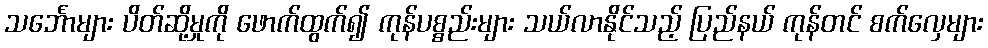
သင်္ဘောများ ပိတ်ဆို့မှုကို ဖောက်ထွက်၍ ကုန်ပစ္စည်းများ သယ်လာနိုင်သည့် ပြည်နယ် ကုန်တင် စက်လှေများ